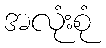
အလုံးစုံ